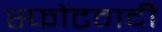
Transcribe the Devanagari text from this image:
स्फोटवादी